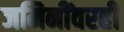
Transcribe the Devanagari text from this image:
जमिनींवरही